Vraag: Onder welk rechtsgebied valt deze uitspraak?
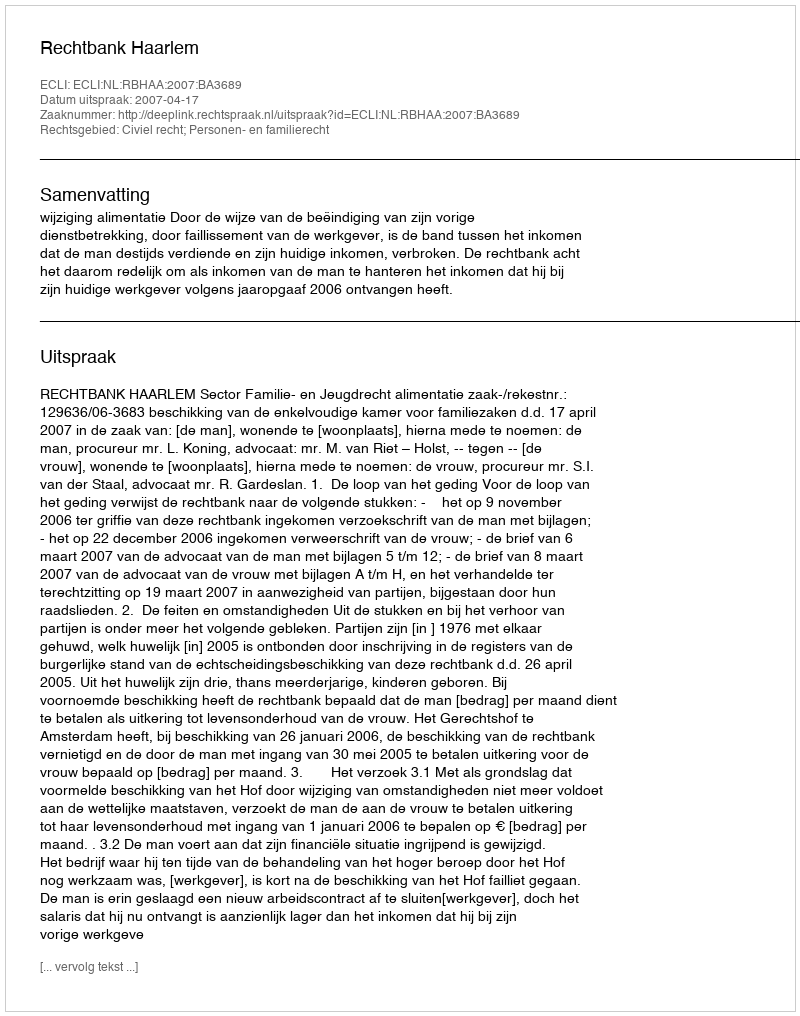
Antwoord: Civiel recht; Personen- en familierecht